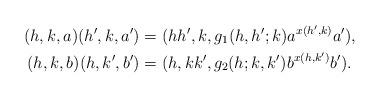
LaTeX: \begin{align*} (h,k,a)(h',k,a') &= (hh',k,g_1(h,h';k)a^{x(h',k)}a'), \\ (h,k,b)(h,k',b') &= (h,kk',g_2(h;k,k')b^{x(h,k')}b'). \end{align*}